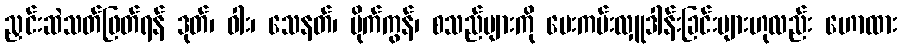
ညှင်းဆဲသတ်ဖြတ်ရန် ဒုတ်၊ ဓါး၊ သေနတ်၊ ပိုက်ကွန်၊ စသည်များကို ပေးကမ်းလှူဒါန်းခြင်းများဟုလည်း ဟောထား